Civil Veterinary Dept. Bombay admin report 1932-41 - 1932-1941
Year: 1932
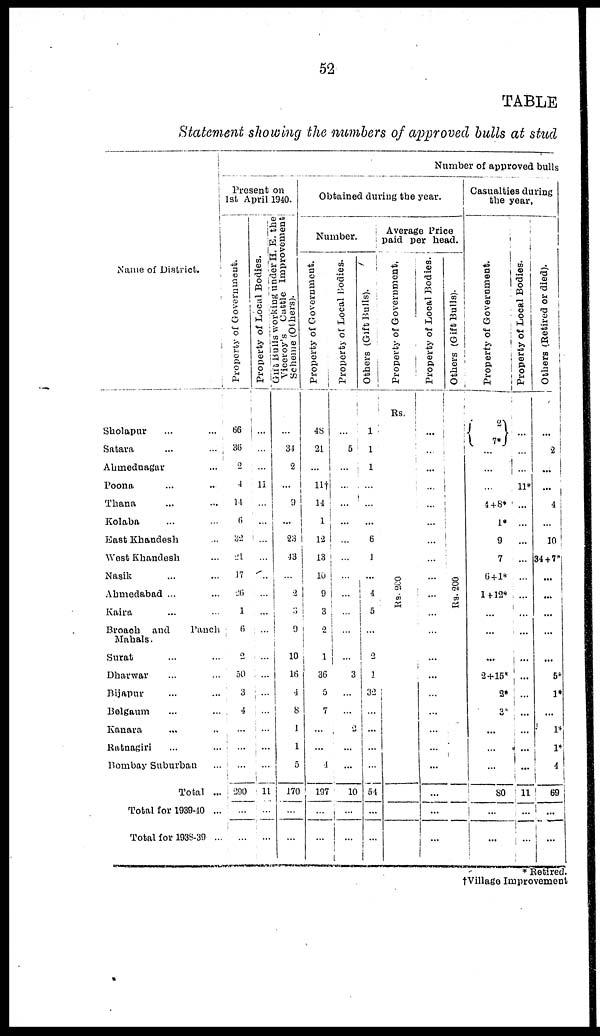
52
TABLE
Statement showing the numbers of approved bulls at stud
Name of District.
Sholapur ... ...
Satara ... ...
Ahmednagar ...
Poona ... ...
Thana ... ...
Kolaba ... ...
East Khandesh ...
West Khandesh ...
Nasik ...
Ahmedabad ... ...
Kaira ... ...
Broach and
Panch
Mahals.
Surat ... ...
Dharwar ... ...
Bijapur ... ...
Belgaum ... ...
Kanara ... ...
Ratnagiri ... ...
Bombay Suburban ...
Total ...
Total for 1939-40 ...
Total for 1938-39 ...
Number of approved bulls
Present on1st April 1940.
Pr oper t
y of Government.
66
36
2
4
14
6
32
21
17
26
1
6
2
50
3
4
...
...
...
290
...
...
Property of Local Bodies.
---
...
...
11
...
...
...
...
...
...
...
...
...
...
...
...
...
...
...
1
...
...
Gift Bulls working under H. E. the
Viceroy's Cattle Improvement
Scheme (Others).
...
34
2
...
9
...
23
43
...
2
3
9
10
16
4
8
1
1
5
170
...
...
Obtained during the year.
Number.
Property of Government.
48
21
...
11†
14
1
12
13
10
9
3
2
1
36
5
7
...
...
4
197
...
...
Property of Local Bodies.
...
5
...
...
...
...
...
...
... ...
...
...
...
3
...
...
2
...
...
10
...
...
Average Price
paid per head.
Others (Gift Bulls).
1
1
1
...
...
...
6
1
...
4
5
...
2
1
32
...
...
...
...
54
...
...
Property of Government,
Rs.
Rs. 200
Property of Local Bodies.
...
...
...
...
...
...
...
...
...
...
...
...
...
...
...
...
...
...
...
...
...
...
Others (Gift Bulls).
Rs.200
Casualties during
the year.
Property of Government.
2
7*
...
...
...
4+8*
1*
9
7
6+1*
1+12*
...
...
...
2+15*
2*
3*
...
...
...
80
...
...
Pr oper t
y of Local Bodies.
...
...
...
11*
...
...
...
...
...
...
...
...
...
...
...
...
...
...
...
11
...
...
Ot her s ( Re t i r e d or died).
...
2
...
...
4
...
10
34+7*
...
...
...
...
...
5*
1*
...
1*
1*
4
69
...
...
* Retired.
†Village Improvement